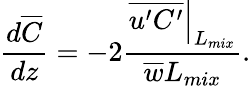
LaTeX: \frac{d\overline{{C}}}{dz}=-2\frac{\left.\overline{{u^{\prime}C^{\prime}}}\right|_{L_{mix}}}{\overline{{w}}L_{mix}}.